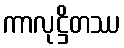
ကာလုဋ္ဌိတဿ